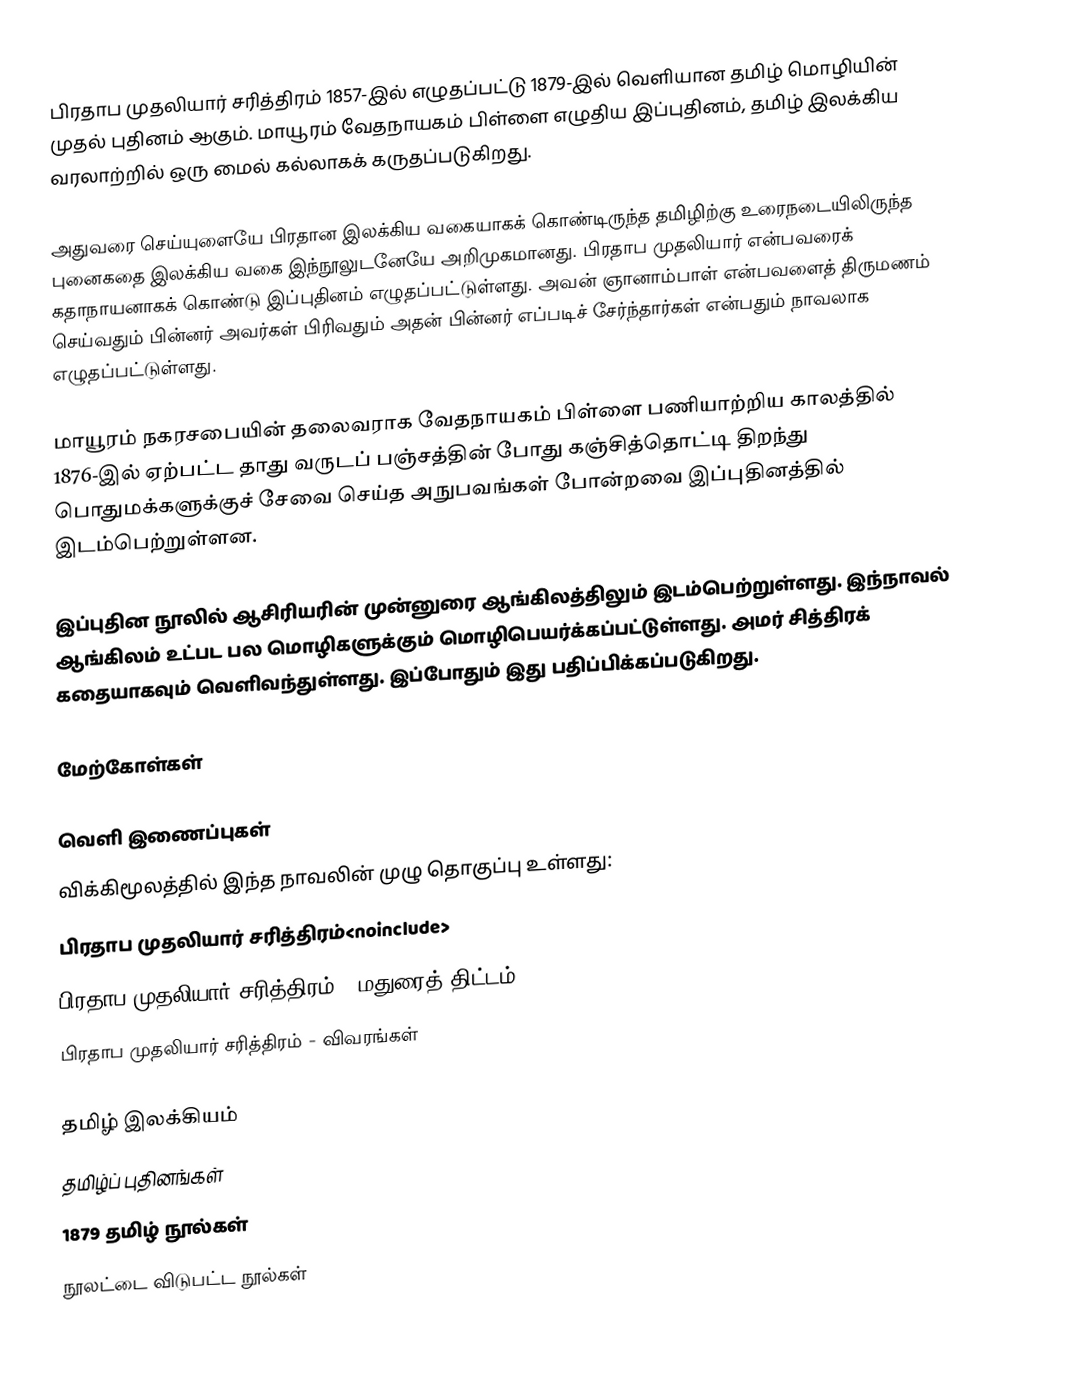
பிரதாப முதலியார் சரித்திரம் 1857-இல் எழுதப்பட்டு 1879-இல் வெளியான தமிழ் மொழியின் முதல் புதினம் ஆகும். மாயூரம் வேதநாயகம் பிள்ளை எழுதிய இப்புதினம், தமிழ் இலக்கிய வரலாற்றில் ஒரு மைல் கல்லாகக் கருதப்படுகிறது.

அதுவரை செய்யுளையே பிரதான இலக்கிய வகையாகக் கொண்டிருந்த தமிழிற்கு உரைநடையிலிருந்த புனைகதை இலக்கிய வகை இந்நூலுடனேயே அறிமுகமானது. பிரதாப முதலியார் என்பவரைக் கதாநாயனாகக் கொண்டு இப்புதினம் எழுதப்பட்டுள்ளது. அவன் ஞானாம்பாள் என்பவளைத் திருமணம் செய்வதும் பின்னர் அவர்கள் பிரிவதும் அதன் பின்னர் எப்படிச் சேர்ந்தார்கள் என்பதும் நாவலாக எழுதப்பட்டுள்ளது.

மாயூரம் நகரசபையின் தலைவராக வேதநாயகம் பிள்ளை பணியாற்றிய காலத்தில் 1876-இல் ஏற்பட்ட தாது வருடப் பஞ்சத்தின் போது கஞ்சித்தொட்டி திறந்து பொதுமக்களுக்குச் சேவை செய்த அநுபவங்கள் போன்றவை இப்புதினத்தில் இடம்பெற்றுள்ளன.

இப்புதின நூலில் ஆசிரியரின் முன்னுரை ஆங்கிலத்திலும் இடம்பெற்றுள்ளது. இந்நாவல் ஆங்கிலம் உட்பட பல மொழிகளுக்கும் மொழிபெயர்க்கப்பட்டுள்ளது. அமர் சித்திரக் கதையாகவும் வெளிவந்துள்ளது. இப்போதும் இது பதிப்பிக்கப்படுகிறது.

மேற்கோள்கள்

வெளி இணைப்புகள்
விக்கிமூலத்தில் இந்த நாவலின் முழு தொகுப்பு உள்ளது:
பிரதாப முதலியார் சரித்திரம்<noinclude>
 பிரதாப முதலியார் சரித்திரம் - மதுரைத் திட்டம்
 பிரதாப முதலியார் சரித்திரம் - விவரங்கள்

தமிழ் இலக்கியம்
தமிழ்ப் புதினங்கள்
1879 தமிழ் நூல்கள்
நூலட்டை விடுபட்ட நூல்கள்